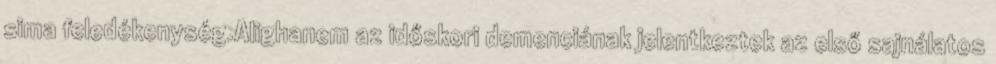
sima feledékenység.Alighanem az időskori demenciának jelentkeztek az első sajnálatos